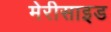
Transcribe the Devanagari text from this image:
मेरीसाइड